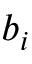
b _ { i }